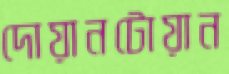
দোয়ানটোয়ান